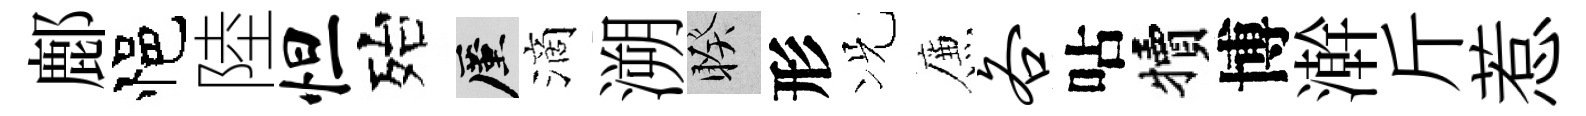
鄜悒陸怛殆厪滴溯睽形况簾各呫犢博澣斤惹